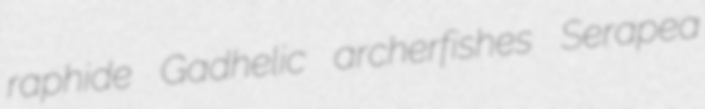
raphide Gadhelic archerfishes Serapea